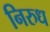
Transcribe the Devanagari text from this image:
निरुध